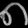
Digit: ၈